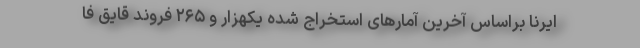
ایرنا براساس آخرین آمارهای استخراج شده یکهزار و ۲۶۵ فروند قایق فا